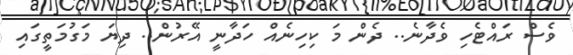
ވެސް ރައްޓެހި ވެދާނެ.. ދެން މަ ކިހިނެއް ހަދާނީ އޭރުން.. ދިޔަ މަގުމަތީގައި